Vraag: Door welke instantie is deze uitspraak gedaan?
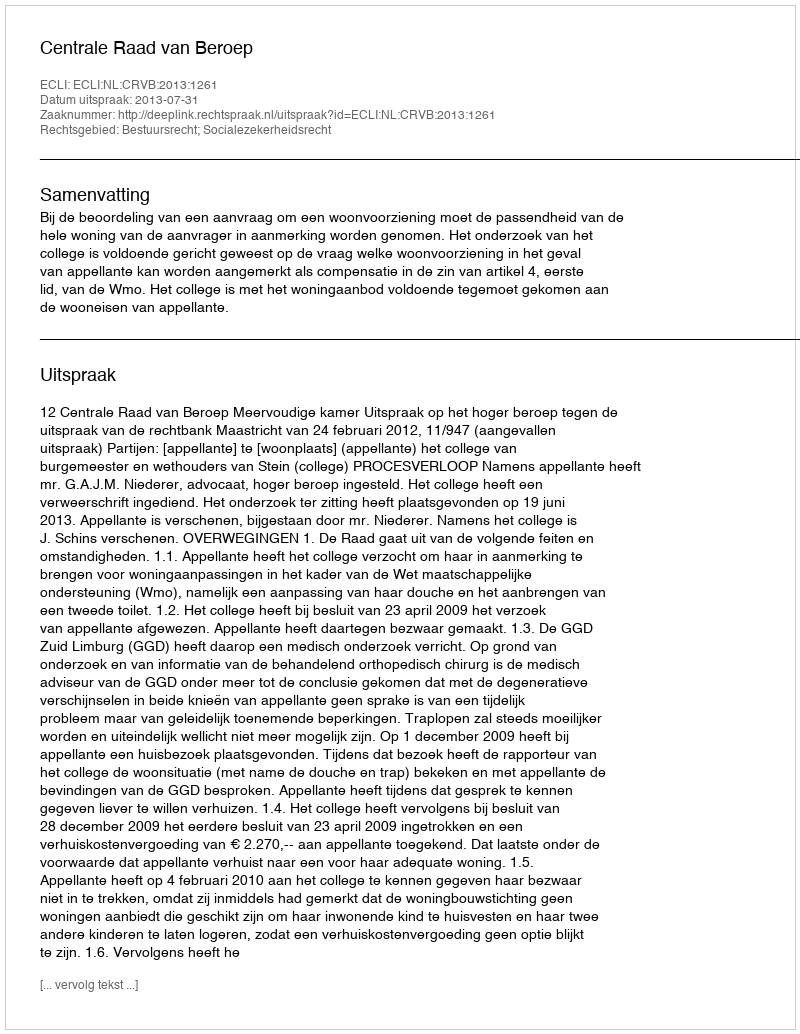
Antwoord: Centrale Raad van Beroep